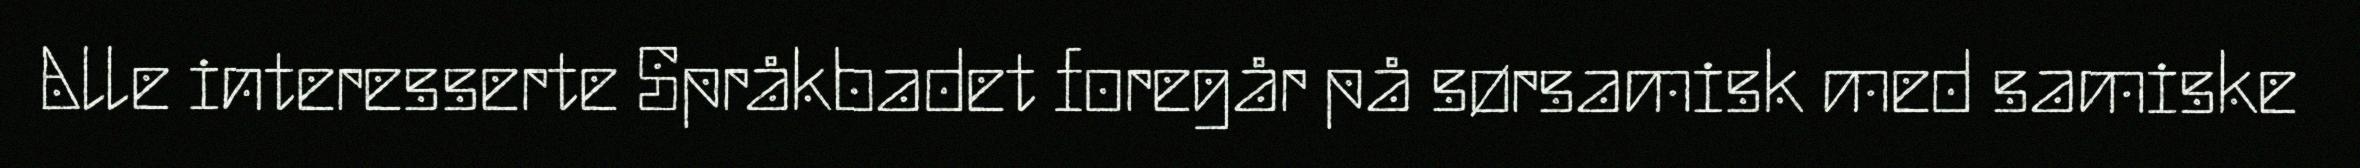
Alle interesserte Språkbadet foregår på sørsamisk med samiske